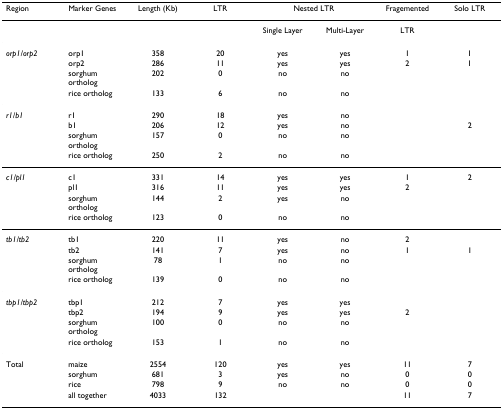
<table><thead><tr><td><b>Region</b></td><td><b>Marker Genes</b></td><td><b>Length (Kb)</b></td><td><b>LTR</b></td><td colspan="2"><b>Nested LTR</b></td><td><b>Fragemented</b></td><td><b>Solo LTR</b></td></tr></thead><tbody><tr><td></td><td></td><td></td><td></td><td>Single Layer</td><td>Multi-Layer</td><td>LTR</td><td></td></tr><tr><td><i>orp1/orp2</i></td><td>orp1</td><td>358</td><td>20</td><td>yes</td><td>yes</td><td>1</td><td>1</td></tr><tr><td></td><td>orp2</td><td>286</td><td>11</td><td>yes</td><td>yes</td><td>2</td><td>1</td></tr><tr><td></td><td>sorghum ortholog</td><td>202</td><td>0</td><td>no</td><td>no</td><td></td><td></td></tr><tr><td></td><td>rice ortholog</td><td>133</td><td>6</td><td>no</td><td>no</td><td></td><td></td></tr><tr><td><i>r1/b1</i></td><td>r1</td><td>290</td><td>18</td><td>yes</td><td>no</td><td></td><td></td></tr><tr><td></td><td>b1</td><td>206</td><td>12</td><td>yes</td><td>no</td><td></td><td>2</td></tr><tr><td></td><td>sorghum ortholog</td><td>157</td><td>0</td><td>no</td><td>no</td><td></td><td></td></tr><tr><td></td><td>rice ortholog</td><td>250</td><td>2</td><td>no</td><td>no</td><td></td><td></td></tr><tr><td><i>c1/pl1</i></td><td>c1</td><td>331</td><td>14</td><td>yes</td><td>yes</td><td>1</td><td>2</td></tr><tr><td></td><td>pl1</td><td>316</td><td>11</td><td>yes</td><td>yes</td><td>2</td><td></td></tr><tr><td></td><td>sorghum ortholog</td><td>144</td><td>2</td><td>yes</td><td>no</td><td></td><td></td></tr><tr><td></td><td>rice ortholog</td><td>123</td><td>0</td><td>no</td><td>no</td><td></td><td></td></tr><tr><td><i>tb1/tb2</i></td><td>tb1</td><td>220</td><td>11</td><td>yes</td><td>no</td><td>2</td><td></td></tr><tr><td></td><td>tb2</td><td>141</td><td>7</td><td>yes</td><td>no</td><td>1</td><td>1</td></tr><tr><td></td><td>sorghum ortholog</td><td>78</td><td>1</td><td>no</td><td>no</td><td></td><td></td></tr><tr><td></td><td>rice ortholog</td><td>139</td><td>0</td><td>no</td><td>no</td><td></td><td></td></tr><tr><td><i>tbp1/tbp2</i></td><td>tbp1</td><td>212</td><td>7</td><td>yes</td><td>yes</td><td></td><td></td></tr><tr><td></td><td>tbp2</td><td>194</td><td>9</td><td>yes</td><td>yes</td><td>2</td><td></td></tr><tr><td></td><td>sorghum ortholog</td><td>100</td><td>0</td><td>no</td><td>no</td><td></td><td></td></tr><tr><td></td><td>rice ortholog</td><td>153</td><td>1</td><td>no</td><td>no</td><td></td><td></td></tr><tr><td>Total</td><td>maize</td><td>2554</td><td>120</td><td>yes</td><td>yes</td><td>11</td><td>7</td></tr><tr><td></td><td>sorghum</td><td>681</td><td>3</td><td>yes</td><td>no</td><td>0</td><td>0</td></tr><tr><td></td><td>rice</td><td>798</td><td>9</td><td>no</td><td>no</td><td>0</td><td>0</td></tr><tr><td></td><td>all together</td><td>4033</td><td>132</td><td></td><td></td><td>11</td><td>7</td></tr></tbody></table>